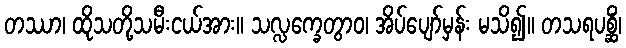
တဿာ၊ ထိုသတို့သမီးငယ်အား။ သလ္လက္ခေတွာဝ၊ အိပ်ပျော်မှန်း မသိ၍။ တသရပစ္ဆိံ၊